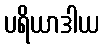
ပရိယာဒါယ